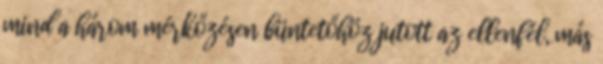
mind a három mérkőzésen büntetőhöz jutott az ellenfél, más